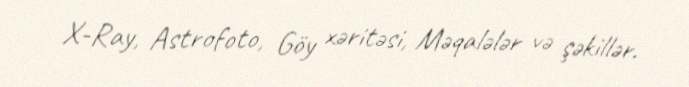
X-Ray, Astrofoto, Göy xəritəsi, Məqalələr və şəkillər.